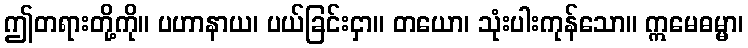
ဤတရားတို့ကို။ ပဟာနာယ၊ ပယ်ခြင်းငှာ။ တယော၊ သုံးပါးကုန်သော။ ဣမေဓမ္မာ၊